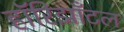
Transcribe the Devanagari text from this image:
हॉरिझाँटल